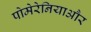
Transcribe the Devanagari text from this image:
पोमेरेनियाऔर